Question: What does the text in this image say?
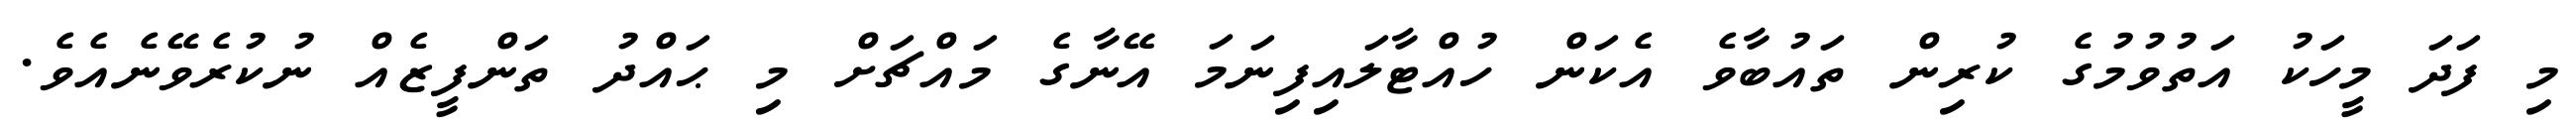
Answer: މި ފަދަ މީހަކު އަތުވުމުގެ ކުރިން ތައުބާވެ އެކަން ހުއްޓާލައިފިނަމަ އޭނާގެ މައްޗަށް މި ޙައްދު ތަންފީޒެއް ނުކުރެވޭނެއެވެ.